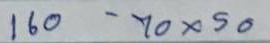
160 - 70x50